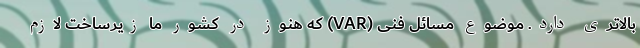
بالاتری دارد. موضوع مسائل فنی (VAR) که هنوز در کشور ما زیرساخت لازم